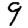
Digit: 9